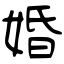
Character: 婚